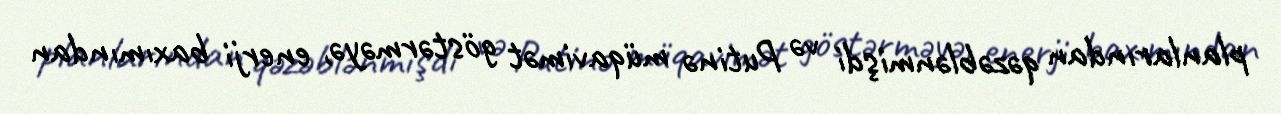
planlarından qəzəblənmişdi və Putinə müqavimət göstərməyə, enerji baxımından